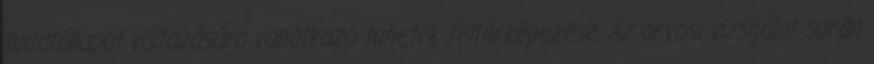
tudatállapot változására vonatkozó tünetek feltérképezése. Az orvosi vizsgálat során